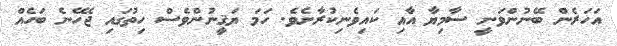
އަަހަރެން ބޭނުންވަނީ ސާމިޔާ އާއި ކައިވެނިކުރާށެވެ. ހަމަ ޔަޤީނުންވެސް ހިތުގައި ޖެހޭނެ ބަހެއް